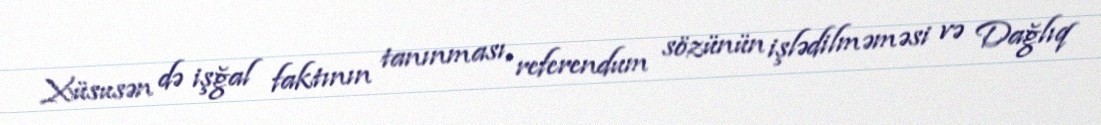
Xüsusən də işğal faktının tanınması, referendum sözünün işlədilməməsi və Dağlıq